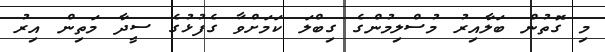
މި ގޮތުން ބަލާއިރު މުސްލިމުންގެ ގިބްލަ ކަމަށްވާ ގެފުޅުގެ ސީދާ މަތިން އިރު